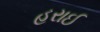
હરાઈ